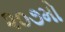
૨૦૭મો